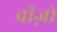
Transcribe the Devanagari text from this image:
वीज़ो